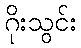
ဂိုးသွင်း